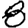
Digit: 8